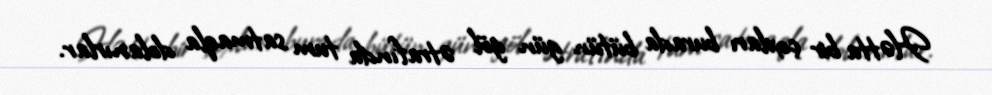
Hətta bir çoxları burada bütün gün göl ətrafında tum satmaqla dolanırlar.